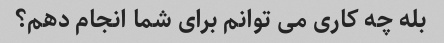
بله چه کاری می توانم برای شما انجام دهم؟